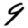
Digit: 9